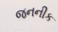
જનનીક